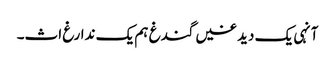
آنہی یک دیدغیں گندغ ہم یک ندارغ اث۔